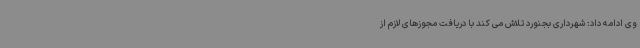
وی ادامه داد: شهرداری بجنورد تلاش می کند با دریافت مجوزهای لازم از